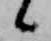
候